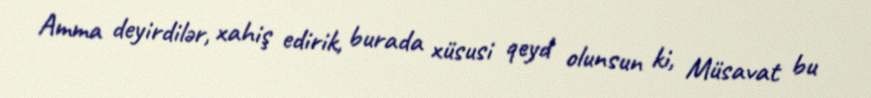
Amma deyirdilər, xahiş edirik, burada xüsusi qeyd olunsun ki, Müsavat bu